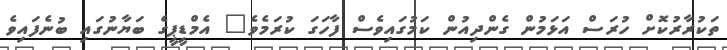
ތަކުރާރުކޮށް ހުރަސް އަޅަމުން ގެންދިއުން ކަމުގައިވެސް ފާހަގަ ކުރަމެވެ" އެމްޑީޕީގެ ބަޔާނުގައި ބުނެފައިވެ